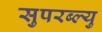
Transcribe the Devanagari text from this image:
सुपरब्ल्यु